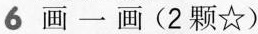
6 画一画(2颗☆)